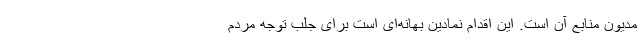
مدیون منابع آن است. این اقدام نمادین بهانه‌ای است برای جلب توجه مردم